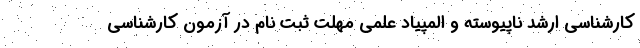
کارشناسی ارشد ناپیوسته و المپیاد علمی مهلت ثبت نام در آزمون کارشناسی